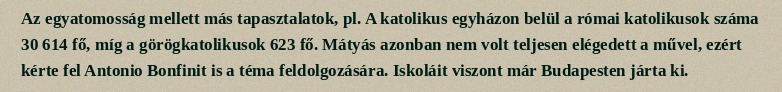
Az egyatomosság mellett más tapasztalatok, pl. A katolikus egyházon belül a római katolikusok száma 30 614 fő, míg a görögkatolikusok 623 fő. Mátyás azonban nem volt teljesen elégedett a művel, ezért kérte fel Antonio Bonfinit is a téma feldolgozására. Iskoláit viszont már Budapesten járta ki.